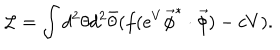
{ \cal L } = \int d ^ { 2 } \theta d ^ { 2 } \bar { \theta } ( f ( e ^ { V } \vec { \phi } ^ { * } \cdot \vec { \phi } ) - c V ) .